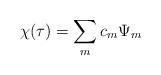
LaTeX: \begin{align*}\chi(\tau) = \sum_m c_m \Psi_m\end{align*}